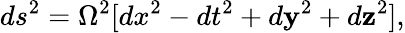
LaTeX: ds^{2}=\Omega^{2}[dx^{2}-dt^{2}+d\mathbf{y}^{2}+d\mathbf{z}^{2}],